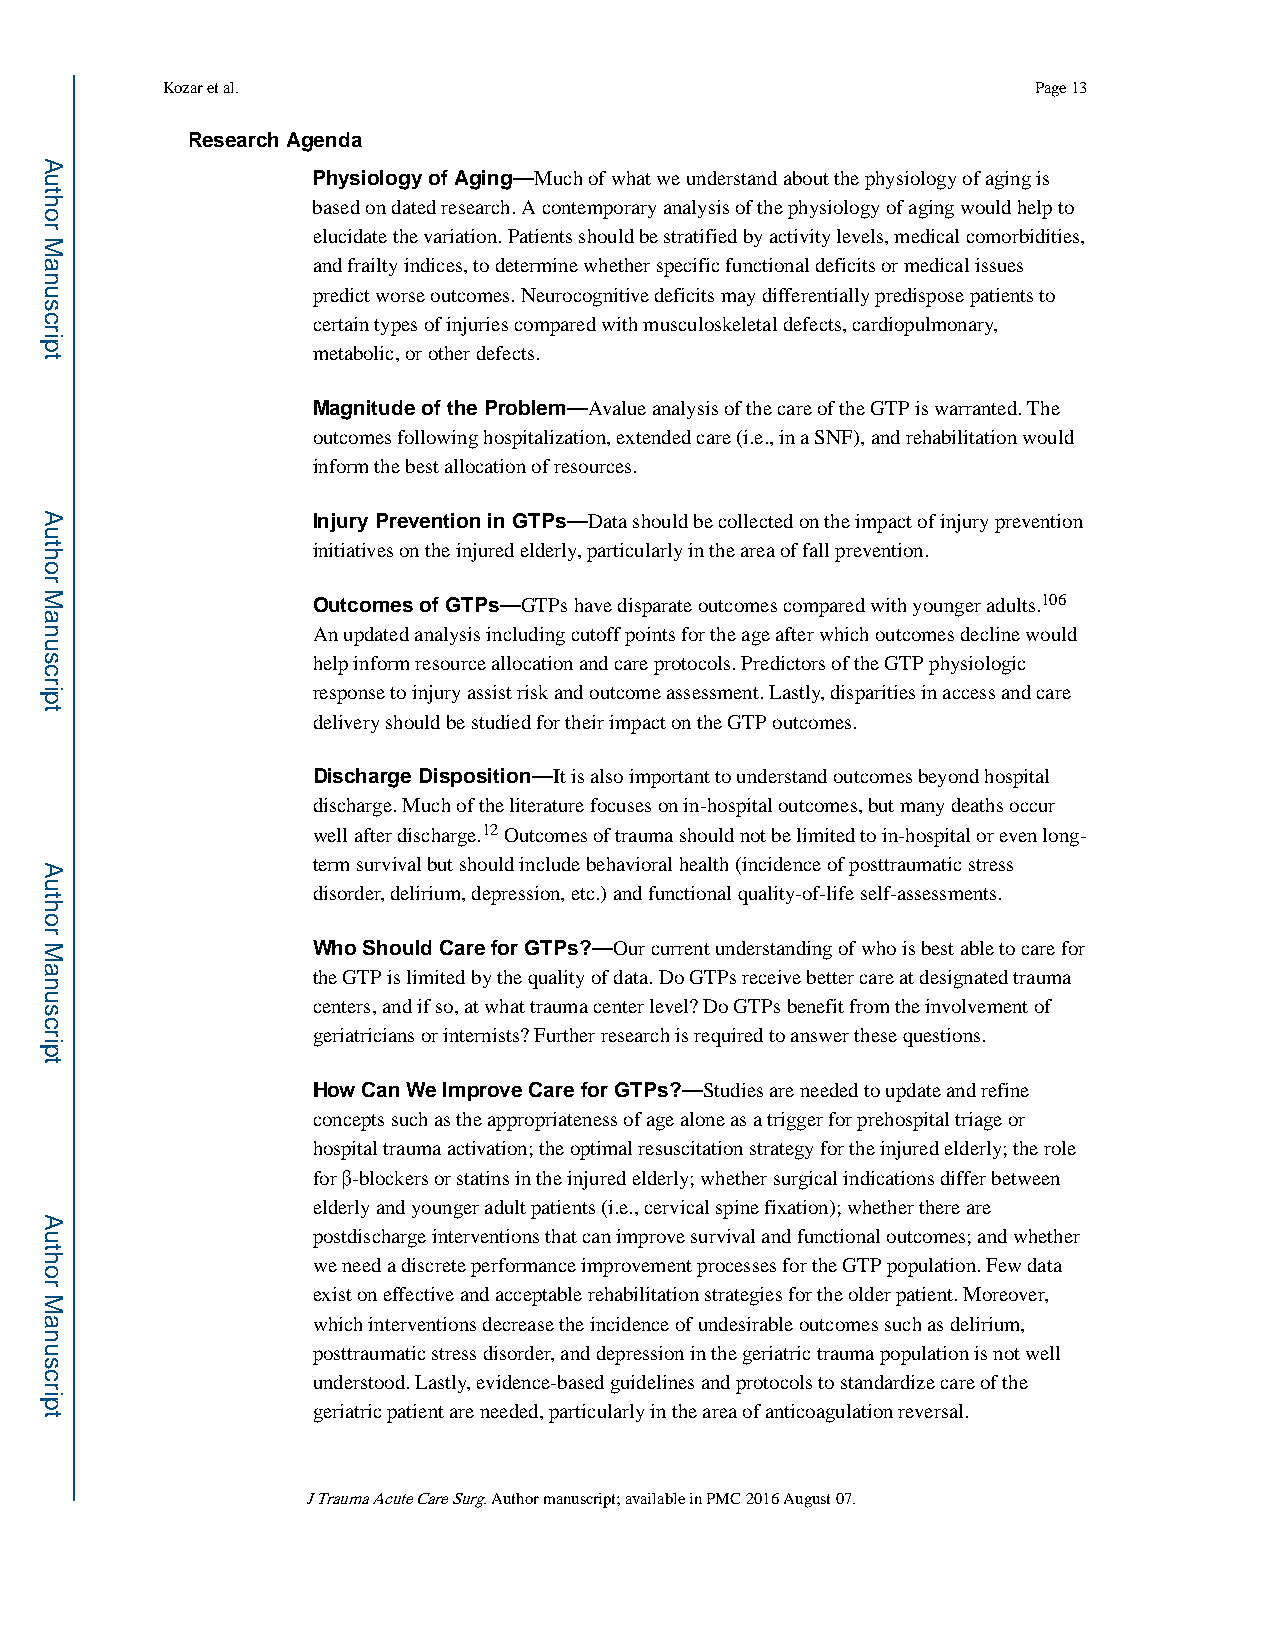
Kozar et al.                                             Page 13
 Research Agenda
 Physiology of Aging—Much of what we understand about the physiology of aging is
 based on dated research. A contemporary analysis of the physiology of aging would help to
 elucidate the variation. Patients should be stratified by activity levels, medical comorbidities,
 and frailty indices, to determine whether specific functional deficits or medical issues
 predict worse outcomes. Neurocognitive deficits may differentially predispose patients to
 certain types of injuries compared with musculoskeletal defects, cardiopulmonary,
 metabolic, or other defects.
 Magnitude of the Problem—Avalue analysis of the care of the GTP is warranted. The
 outcomes following hospitalization, extended care (i.e., in a SNF), and rehabilitation would
 inform the best allocation of resources.
 Injury Prevention in GTPs—Data should be collected on the impact of injury prevention
 initiatives on the injured elderly, particularly in the area of fall prevention.
 Outcomes of GTPs—GTPs have disparate outcomes compared with younger adults.106
 An updated analysis including cutoff points for the age after which outcomes decline would
 help inform resource allocation and care protocols. Predictors of the GTP physiologic
 response to injury assist risk and outcome assessment. Lastly, disparities in access and care
 delivery should be studied for their impact on the GTP outcomes.
 Discharge Disposition—It is also important to understand outcomes beyond hospital
 discharge. Much of the literature focuses on in-hospital outcomes, but many deaths occur
 well after discharge.12 Outcomes of trauma should not be limited to in-hospital or even long-
 term survival but should include behavioral health (incidence of posttraumatic stress
 disorder, delirium, depression, etc.) and functional quality-of-life self-assessments.
 Who Should Care for GTPs?—Our current understanding of who is best able to care for
 the GTP is limited by the quality of data. Do GTPs receive better care at designated trauma
 centers, and if so, at what trauma center level? Do GTPs benefit from the involvement of
 geriatricians or internists? Further research is required to answer these questions.
 How Can We Improve Care for GTPs?—Studies are needed to update and refine
 concepts such as the appropriateness of age alone as a trigger for prehospital triage or
 hospital trauma activation; the optimal resuscitation strategy for the injured elderly; the role
 for β-blockers or statins in the injured elderly; whether surgical indications differ between
 elderly and younger adult patients (i.e., cervical spine fixation); whether there are
 postdischarge interventions that can improve survival and functional outcomes; and whether
 we need a discrete performance improvement processes for the GTP population. Few data
 exist on effective and acceptable rehabilitation strategies for the older patient. Moreover,
 which interventions decrease the incidence of undesirable outcomes such as delirium,
 posttraumatic stress disorder, and depression in the geriatric trauma population is not well
 understood. Lastly, evidence-based guidelines and protocols to standardize care of the
 geriatric patient are needed, particularly in the area of anticoagulation reversal.
 J Trauma Acute Care Surg. Author manuscript; available in PMC 2016 August 07.
 Author
 Manuscript
 Author
 Manuscript
 Author
 Manuscript
 Author
 Manuscript